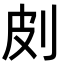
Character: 㓟